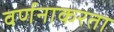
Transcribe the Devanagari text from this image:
वर्णनाकरता